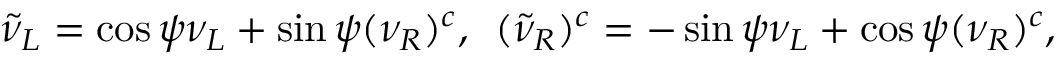
\tilde { \nu } _ { L } = \cos \psi \nu _ { L } + \sin \psi ( \nu _ { R } ) ^ { c } , \, \, \, ( \tilde { \nu } _ { R } ) ^ { c } = - \sin \psi \nu _ { L } + \cos \psi ( \nu _ { R } ) ^ { c } ,